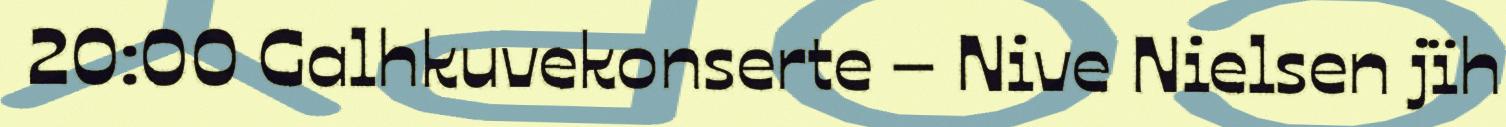
20:00 Galhkuvekonserte – Nive Nielsen jïh